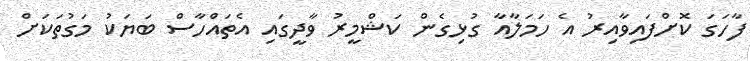
ފާހަގަ ކޮށްފައިވާއިރު އެ ހަމަލާއާ ގުޅިގެން ކަޝްމީރު ވާދީގައި އެތައްހާސް ބަޔަކު މަގުތަކަށް